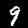
Label: 9